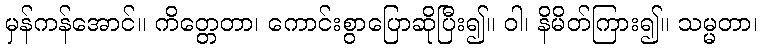
မှန်ကန်အောင်။ ကိတ္တေတာ၊ ကောင်းစွာပြောဆိုပြီး၍။ ဝါ၊ နိမိတ်ကြား၍။ သမ္မတာ၊